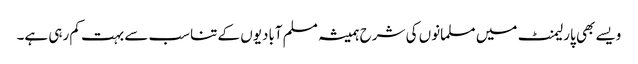
ویسے بھی پارلیمنٹ میں مسلمانوں کی شرح ہمیشہ مسلم آبادیوں کے تناسب سے بہت کم رہی ہے۔